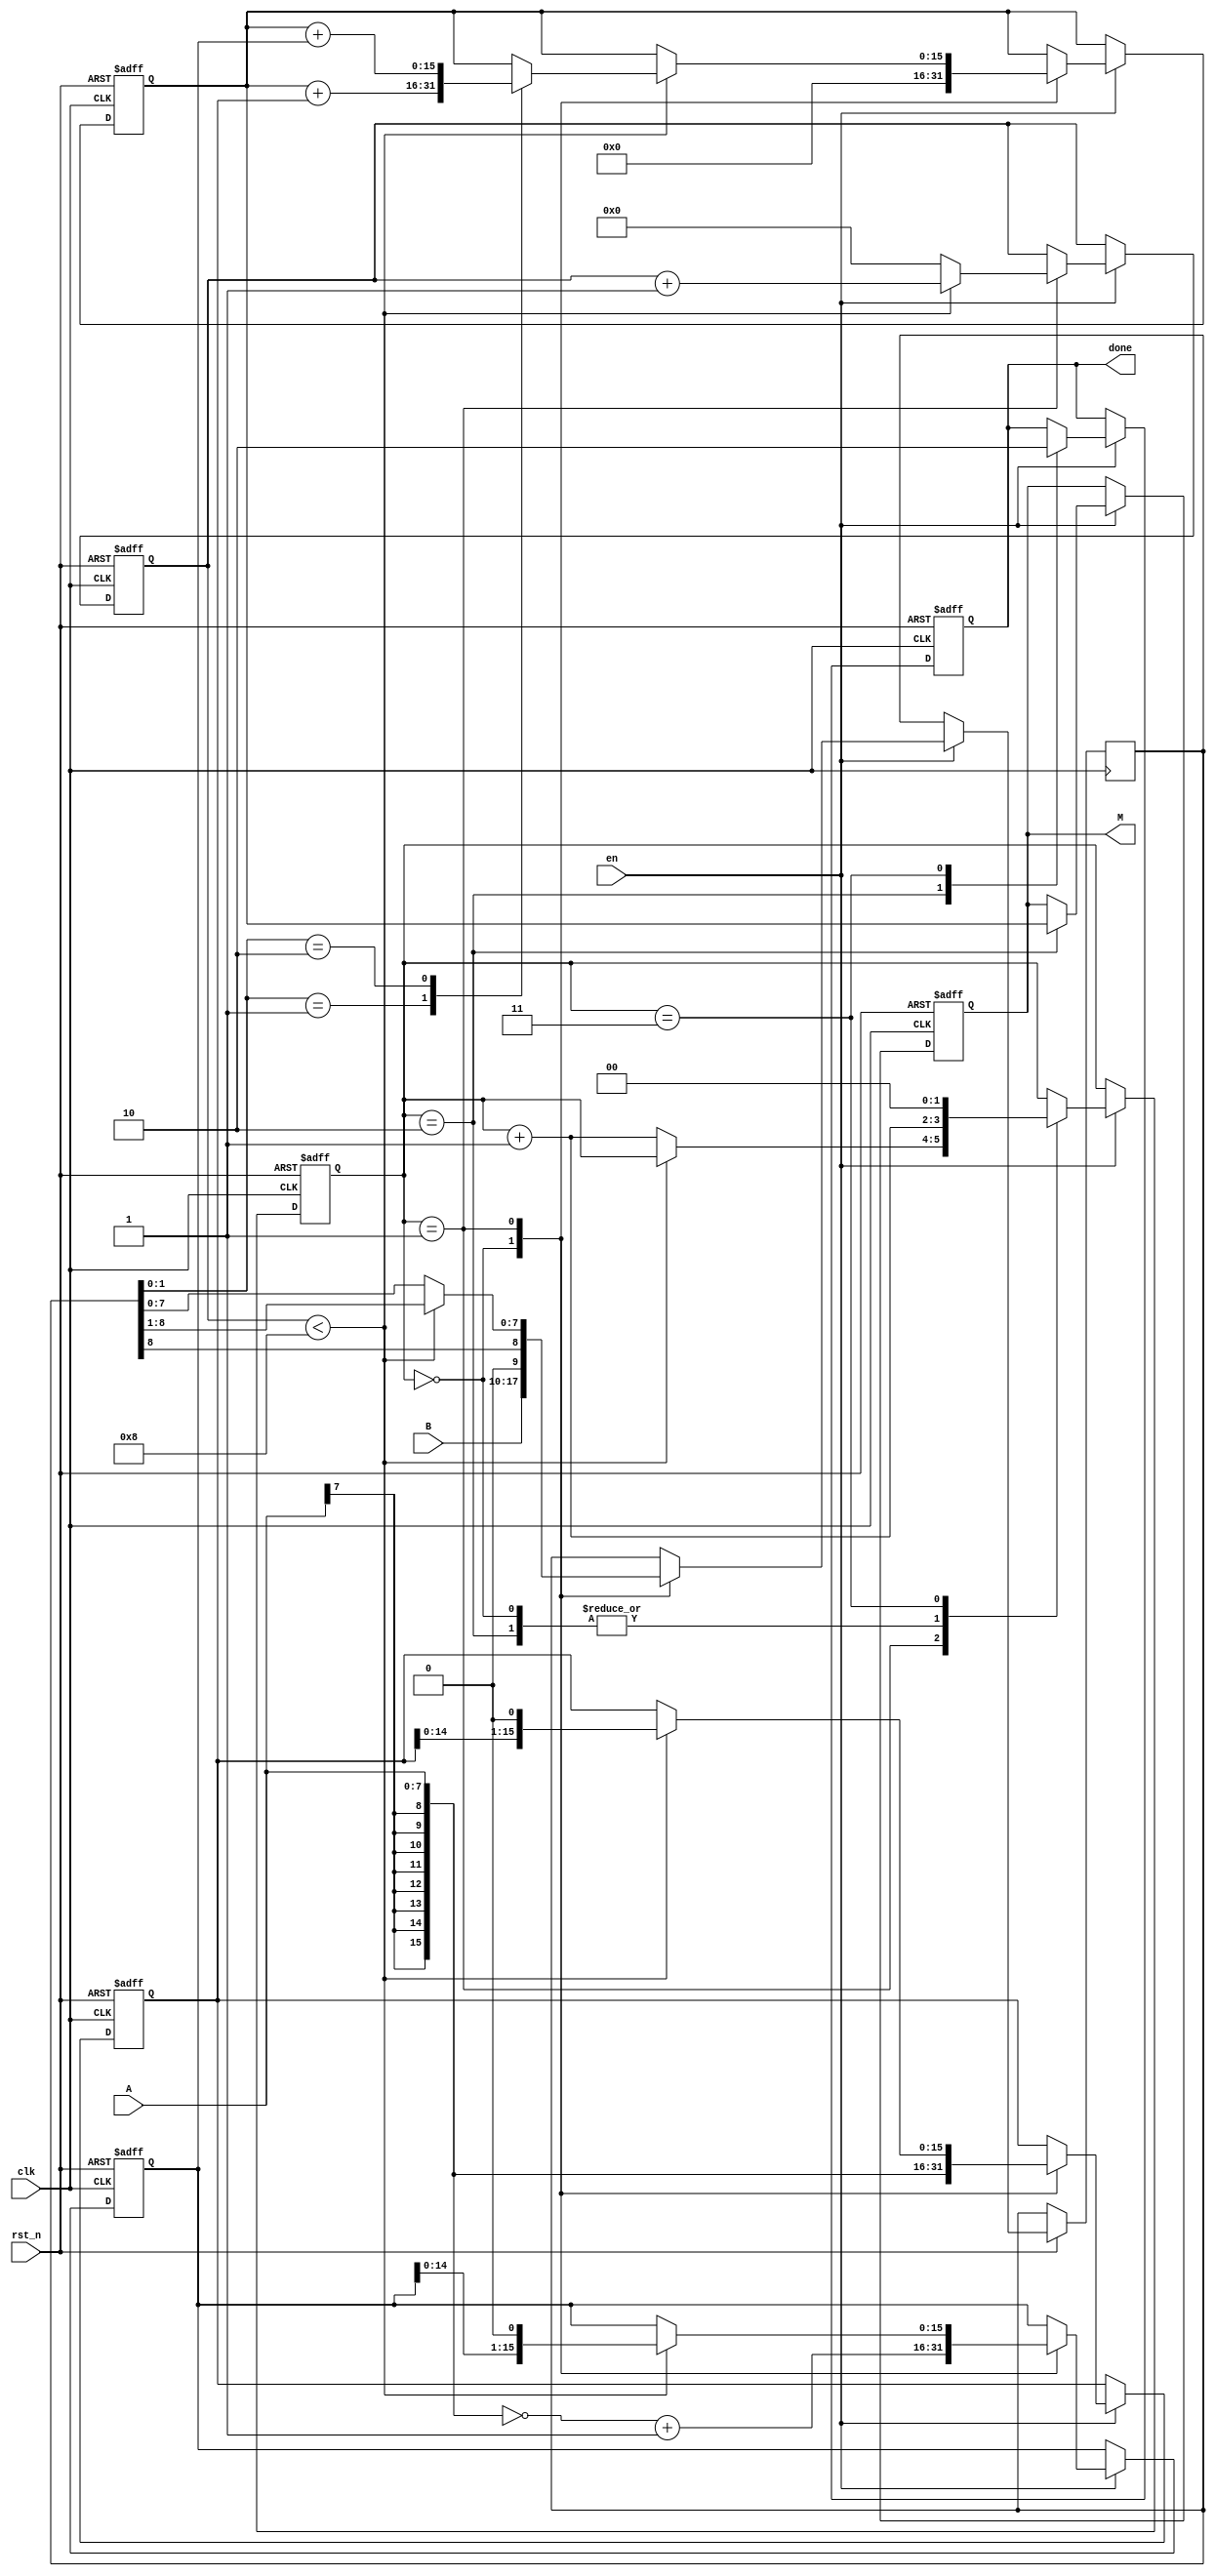
// booth-one-parameter
// max value = 16384 = 2'b0100 0000 0000 0000

module booth_mult#(parameter width=8)(
           input clk,
           input rst_n,
           input en,

           input [width-1:0]A,    // input data A
           input [width-1:0]B,    // input data B

           output reg done,       // done flag
           output reg [2*width-1:0]M   // output data multiply
       );


reg [1:0]					state;      // machine state
reg [2*width-1:0]			mult_A;     // result of A, extend to 2*width
reg [width:0]				mult_B;     // result of B
reg [2*width-1:0]			inv_A;      // reverse result of A, extend to 2*width
reg [2*width-1:0]			result_tmp; // operation register
wire [1:0]					booth_code; // booth code
assign booth_code = mult_B[1:0];       // booth code always equal to B[1:0]
reg [7:0]                  count;      // count

always @ ( posedge clk or negedge rst_n )
    if( !rst_n )
    begin // reset
        state <= 0;
        mult_A <= 0;
        inv_A <= 0;
        result_tmp <= 0;
        done <= 0;
        M <= 0;
        count <= 0;
    end
    else if( en )
    begin
        case( state )
            0:
            begin
                mult_A <= { { width{ A[width-1]} }, A}; // A[width-1] is the MSB of A, and extend to width bits
                inv_A <= ~{ { width{ A[width-1]} }, A} + 1'b1 ; // inv_A = reverse (-A) = reverse(A) + 1'b1
                result_tmp <= 0;
                mult_B <= { B, 1'b0}; // initialize mult_B
                state <= state + 1'b1;
            end
            1:
            begin
                if( count < width )
                begin // if not stop, calculate result_tmp according to booth code
                    case(booth_code)
                        2'b01 :
                            result_tmp <= result_tmp + mult_A;  // add mult_A
                        2'b10 :
                            result_tmp <= result_tmp + inv_A;   // add inv_A
                        default:
                            result_tmp <= result_tmp;       // do nothing
                    endcase
                    mult_A <= {mult_A[2*width-2:0],1'b0};  // shift mult_A to left, and add 1'b0 to the right
                    inv_A <=  {inv_A[2*width-2:0],1'b0};   // shift inv_A to left, and add 1'b0 to the right
                    mult_B <= {mult_B[width],mult_B[width:1]}; // shift mult_B to left, and extend singed bit
                    count <= count + 1'b1;
                end
                else
                begin
                    state <= state + 1'b1;
                    count <= 0;
                end
            end
            2:
            begin
                done <= 1'b1;       // done flag
                M <= result_tmp;    // output result
                state <= state + 1'b1;
            end
            3:
            begin
                done <= 1'b0;
                state <= 0;
            end
            default:
            begin
                state <= 0;
            end
        endcase
    end
endmodule